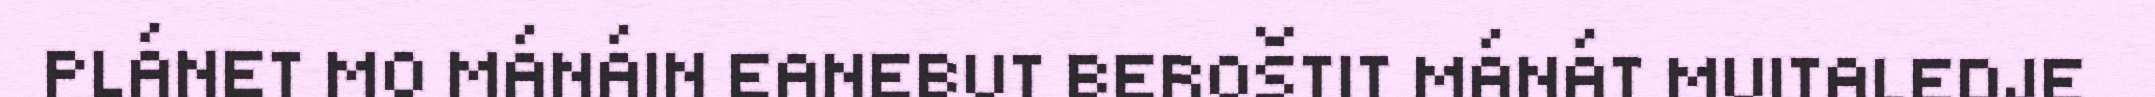
PLÁNET MO MÁNÁIN EANEBUT BEROŠTIT MÁNÁT MUITALEDJE